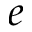
e